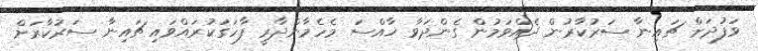
ވަފުދަށް ޗައިނާ ސަރުކާރުން ދެއްވަމުން ގެންދަވާ ޚާއްސަ މެހެމާންދާރީ ފާހަގަކުރައްވައި ޗައިނާ ސަރުކާރަށް